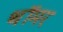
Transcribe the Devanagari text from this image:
थॉमर